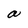
Character: a